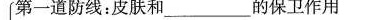
第一道防线：皮肤和___的保卫作用